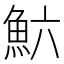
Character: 𲌲